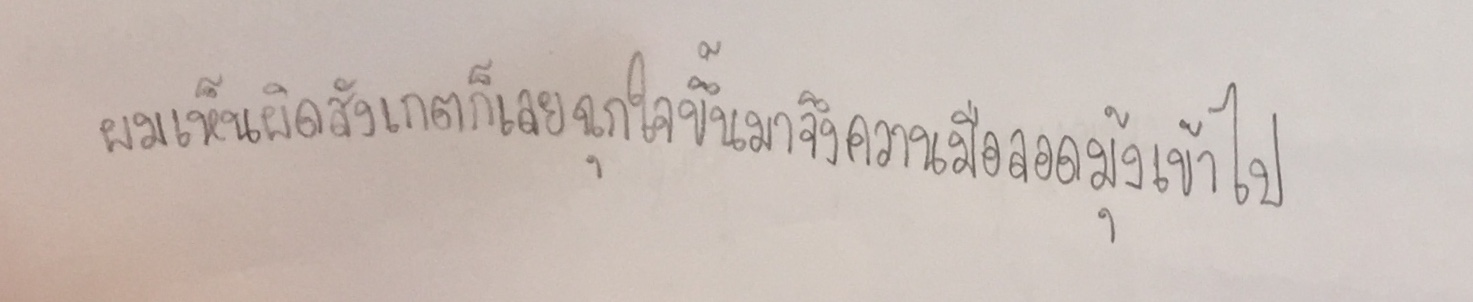
ผมเห็นผิดสังเกตก็เลยฉุกใจขึ้นมาจึงควานมือลอดมุ้งเข้าไป